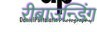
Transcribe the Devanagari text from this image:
रीबाउन्डिंग